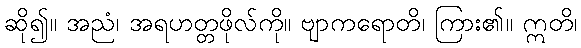
ဆို၍။ အညံ၊ အရဟတ္တဖိုလ်ကို။ ဗျာကရောတိ၊ ကြား၏။ ဣတိ၊